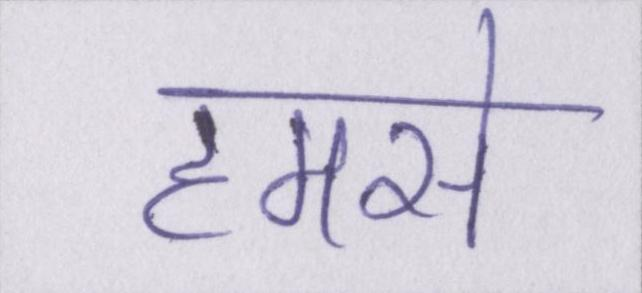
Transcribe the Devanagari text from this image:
हमसे